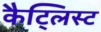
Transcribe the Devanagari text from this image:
कैट्लिस्ट